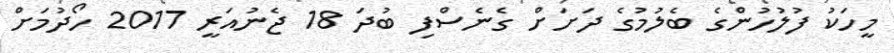
މީހަކު ފުލުހުންގެ ބެލުމުގެ ދަށަށް ގެެނެސްފި ބުދަ 18 ޖެނުއަރީ 2017 ހޯދުމަށް